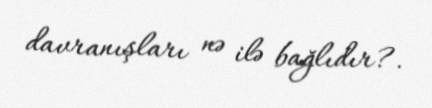
davranışları nə ilə bağlıdır?.